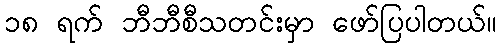
၁၈ ရက် ဘီဘီစီသတင်းမှာ ဖော်ပြပါတယ်။